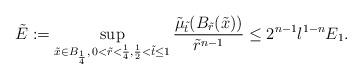
LaTeX: \begin{align*}\tilde{E} := \sup_{\tilde{x}\in B_{\frac{1}{4}},\, 0<\tilde{r}<\frac{1}{4}, \frac12<\tilde{t}\leq 1}\frac{\tilde{\mu}_{\tilde{t}}(B_{\tilde{r}}(\tilde{x})) }{\tilde{r}^{n-1}} \leq 2^{n-1}l^{1-n}E_1. \end{align*}